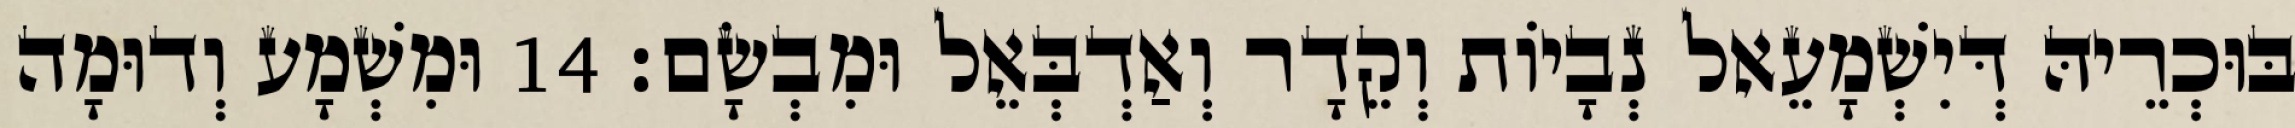
בּוּכְרֵיהּ דְּיִשְׁמָעֵאל נְבָיוֹת וְקֵדָר וְאַדְבְּאֵל וּמִבְשָׂם׃ 14 וּמִשְׁמָע וְדוּמָה